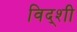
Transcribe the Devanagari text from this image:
विद्शी